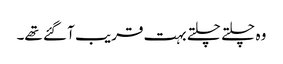
وہ چلتے چلتے بہت قریب آ گئے تھے۔